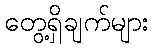
တွေ့ရှိချက်များ